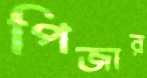
পিজার